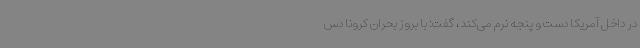
در داخل آمریکا دست و پنجه نرم می‌کند، گفت: با بروز بحران کرونا دس